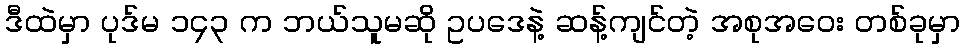
ဒီထဲမှာ ပုဒ်မ ၁၄၃ က ဘယ်သူမဆို ဥပဒေနဲ့ ဆန့်ကျင်တဲ့ အစုအဝေး တစ်ခုမှာ